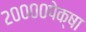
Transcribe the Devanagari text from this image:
२००००पेक्षा